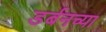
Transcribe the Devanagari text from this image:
डर्बनच्या